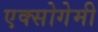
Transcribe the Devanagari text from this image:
एक्सोगेमी